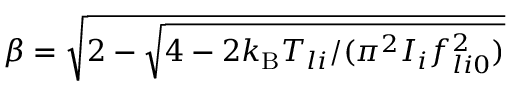
\beta = \sqrt { 2 - \sqrt { 4 - 2 k _ { \mathrm { B } } T _ { l i } / ( \pi ^ { 2 } I _ { i } f _ { l i 0 } ^ { 2 } ) } }